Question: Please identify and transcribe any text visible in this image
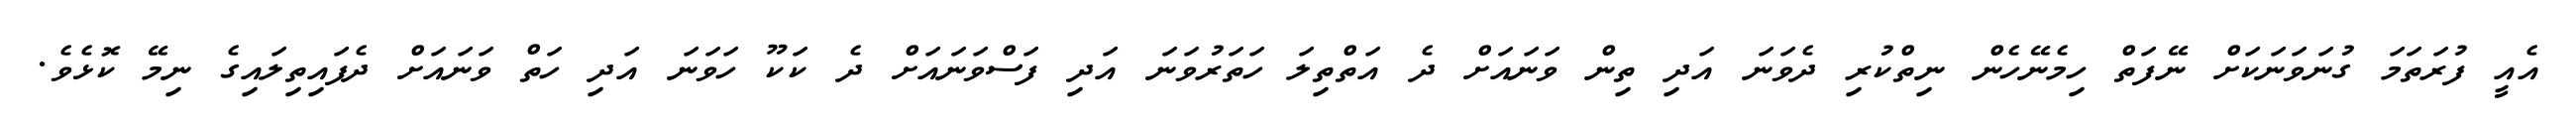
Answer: އެއީ ފުރަތަމަ ގުނަވަނަކަށް ނޭފަތް ހިމެނޭހެން ނިތްކުރި ދެވަނަ އަދި ތިން ވަނައަށް ދެ އަތްތިލަ ހަތަރުވަނަ އަދި ފަސްވަނައަށް ދެ ކަކޫ ހަވަނަ އަދި ހަތް ވަނައަށް ދެފައިތިލައިގެ ނިމޭ ކޮޅެވެ.